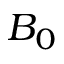
B _ { 0 }